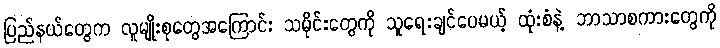
ပြည်နယ်တွေက လူမျိုးစုတွေအကြောင်း သမိုင်းတွေကို သူရေးချင်ပေမယ့် ထုံးစံနဲ့ ဘာသာစကားတွေကို